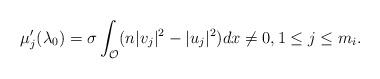
LaTeX: \begin{align*}\mu_j'(\lambda_0) = \sigma \int_{\mathcal O} (n|v_j|^2-|u_j|^2)dx\neq 0, 1\leq j\leq m_i.\end{align*}